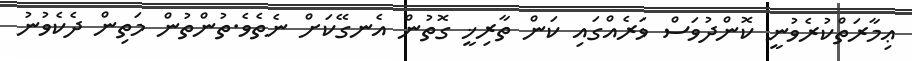
ޢިމާރަތްކުރެވުނީ ކޮންދުވަސް ވަރެއްގައި ކަން ތާރިޚީ ގޮތުން އެނގޭކަށް ނެތެވެ.ތުންތުން މަތިން ދެކެވުނު